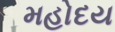
મહોદય